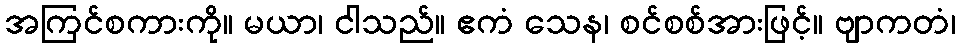
အကြင်စကားကို။ မယာ၊ ငါသည်။ ဧကံ သေန၊ စင်စစ်အားဖြင့်။ ဗျာကတံ၊